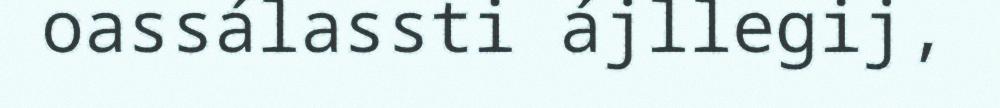
oassálassti ájllegij,